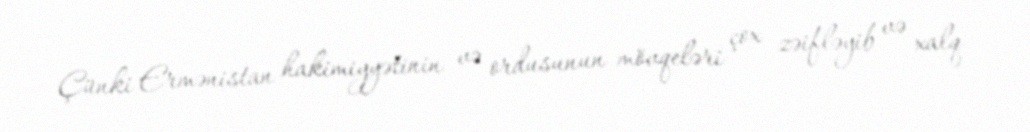
Çünki Ermənistan hakimiyyətinin və ordusunun mövqeləri çox zəifləyib və xalq